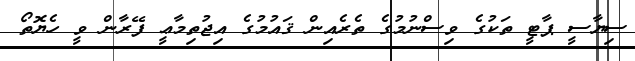
ސިޔާސީ ޕާޓީ ތަކުގެ ވިސްނުމުގެ ތެރެއިން ޤައުމުގެ އިޖުތިމާޢީ ފޭރާން ވީ ހެޔޮތޯ